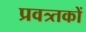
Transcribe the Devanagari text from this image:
प्रवत्र्तकों